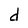
Character: d